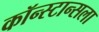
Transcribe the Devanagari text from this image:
कॉन्स्टान्सला